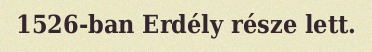
1526-ban Erdély része lett.